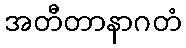
အတီတာနာဂတံ